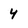
Character: 4